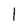
Character: 1